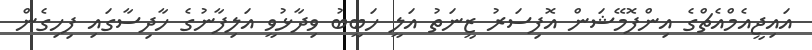
އައިޖީއެމްއެޗްގެ އިންފޮމޭޝަން އޮފިސަރު ޒީނަތު އަލީ ހަބީބު ވިދާޅުވީ އަލިފާނުގެ ހާދިސާގައި ފިހިގެން